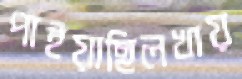
পাইয়াছিলখায়